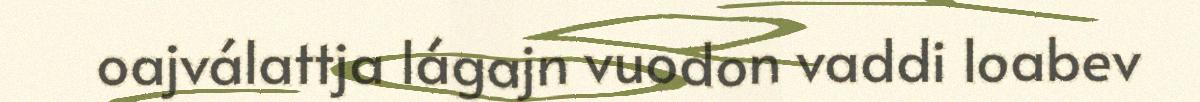
oajválattja lágajn vuodon vaddi loabev